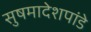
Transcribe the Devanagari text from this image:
सुषमादेशपांडे